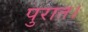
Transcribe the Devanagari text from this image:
पुरात।